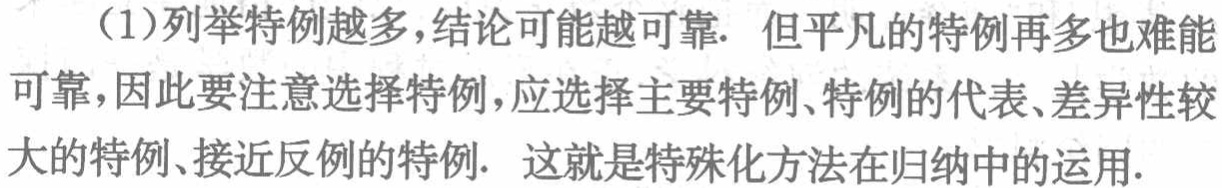
（1）列举特例越多，结论可能越可靠. 但平凡的特例再多也难能可靠，因此要注意选择特例，应选择主要特例、特例的代表、差异性较大的特例、接近反例的特例. 这就是特殊化方法在归纳中的运用.